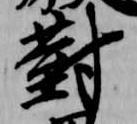
対